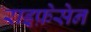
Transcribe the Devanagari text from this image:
राइफ़ेसेन